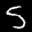
Label: 5